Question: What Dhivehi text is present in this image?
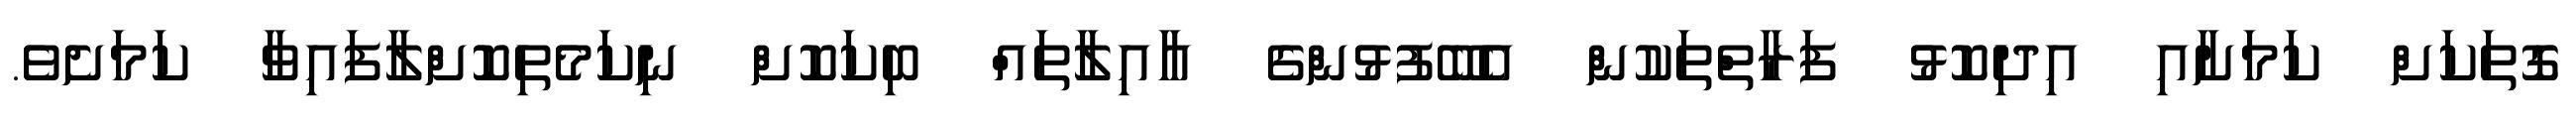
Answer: ގޮތަކަށް ކަމަށާއި އިދިކޮޅު ފަރާތްތަކުން އެބޭފުޅުންގެ އާއިލާތައް ބިކަކޮށް ނިކަމެތިކޮށްލާފައިވާ ކަމަށެވެ.